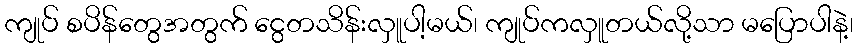
ကျုပ် စပိန်တွေအတွက် ငွေတသိန်းလှူပါ့မယ်၊ ကျုပ်ကလှူတယ်လို့သာ မပြောပါနဲ့၊